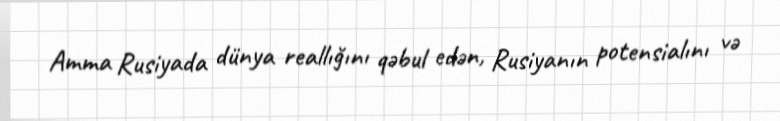
Amma Rusiyada dünya reallığını qəbul edən, Rusiyanın potensialını və